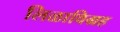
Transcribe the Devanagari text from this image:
लिळाविग्रह